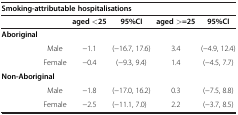
| <COLSPAN=6> Smoking-attributable hospitalisations |
 |  |  | aged <25 | 95%CI | aged >=25 | 95%CI |
 | --- | --- | --- | --- | --- | --- |
 | Aboriginal |  |  |  |  |  |
 |  | Male | −1.1 | (−16.7, 17.6) | 3.4 | (−4.9, 12.4) |
 |  | Female | −0.4 | (−9.3, 9.4) | 1.4 | (−4.5, 7.7) |
 | Non-Aboriginal |  |  |  |  |  |
 |  | Male | −1.8 | (−17.0, 16.2) | 0.3 | (−7.5, 8.8) |
 |  | Female | −2.5 | (−11.1, 7.0) | 2.2 | (−3.7, 8.5) |